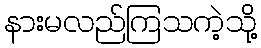
နားမလည်ကြသကဲ့သို့